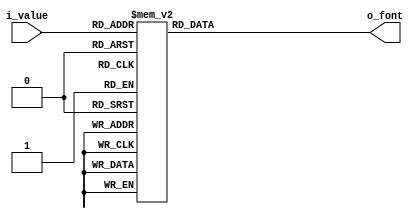
`timescale 1ns / 1ps

module BCDToFND_Decoder(
    input [3:0] i_value,
    output [7:0] o_font
    );

    reg [7:0] r_font;
    assign o_font = r_font;

    always @(*) begin
        r_font = 8'hff;
        case (i_value)
            4'h0 : r_font = 8'hc0;
            4'h1 : r_font = 8'hf9;
            4'h2 : r_font = 8'ha4;
            4'h3 : r_font = 8'hb0;
            4'h4 : r_font = 8'h99;
            4'h5 : r_font = 8'h92;
            4'h6 : r_font = 8'h82;
            4'h7 : r_font = 8'hf8;
            4'h8 : r_font = 8'h80;
            4'h9 : r_font = 8'h98;
        endcase
    end
    
endmodule